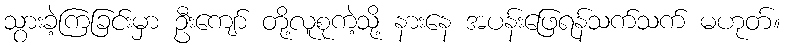
သွားခဲ့ကြခြင်းမှာ ဦးကျော် တို့လူစုကဲ့သို့ နားနေ အပန်းဖြေရန်သက်သက် မဟုတ်။